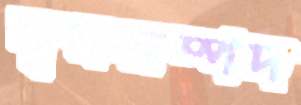
বৃক্ষসম্পদ